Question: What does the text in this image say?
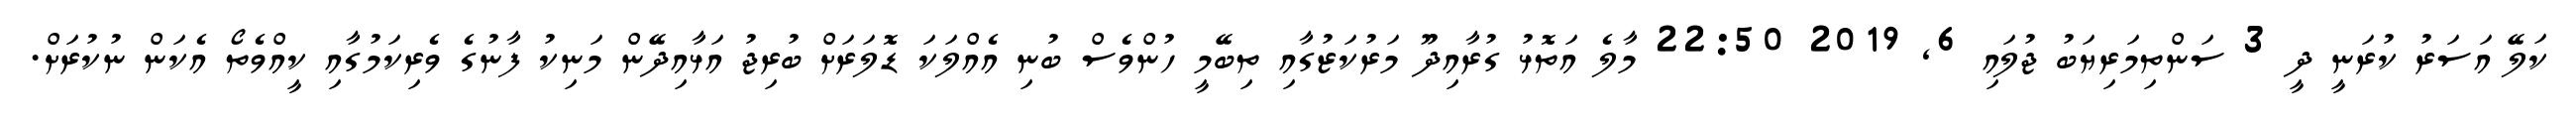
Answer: ކަލޭ އަސަރު ކުރަނީ ދީ 3 ސަންތިމަރިޔަބު ޖުލައި 6, 2019 22:50 މާލެ އަތޮޅު ގުރާއިދޫ މަރުކަޒުގާއި ތިބޭމީ ހުންވެސް ބުނި އެއްލަކަ ޑޮލަރަށް ބުރިޖު އަޅާއިދޭން މަނިކު ފާނުގެ ވެރިކަމުގާއި ކީއްވެތޯ އެކަން ނުކުރަށް.